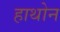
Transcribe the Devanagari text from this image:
हाथोन